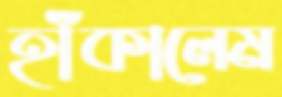
হাঁকালেম